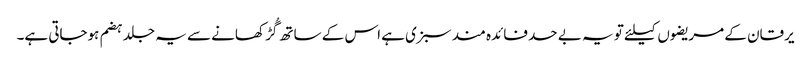
یرقان کے مریضوں کیلئے تو یہ بے حد فائدہ مند سبزی ہے اس کے ساتھ گُڑ کھانے سے یہ جلد ہضم ہوجاتی ہے۔